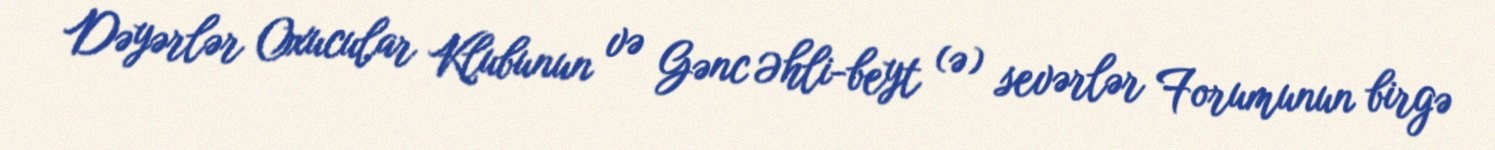
Dəyərlər Oxucular Klubunun və Gənc Əhli-beyt (ə) sevərlər Forumunun birgə